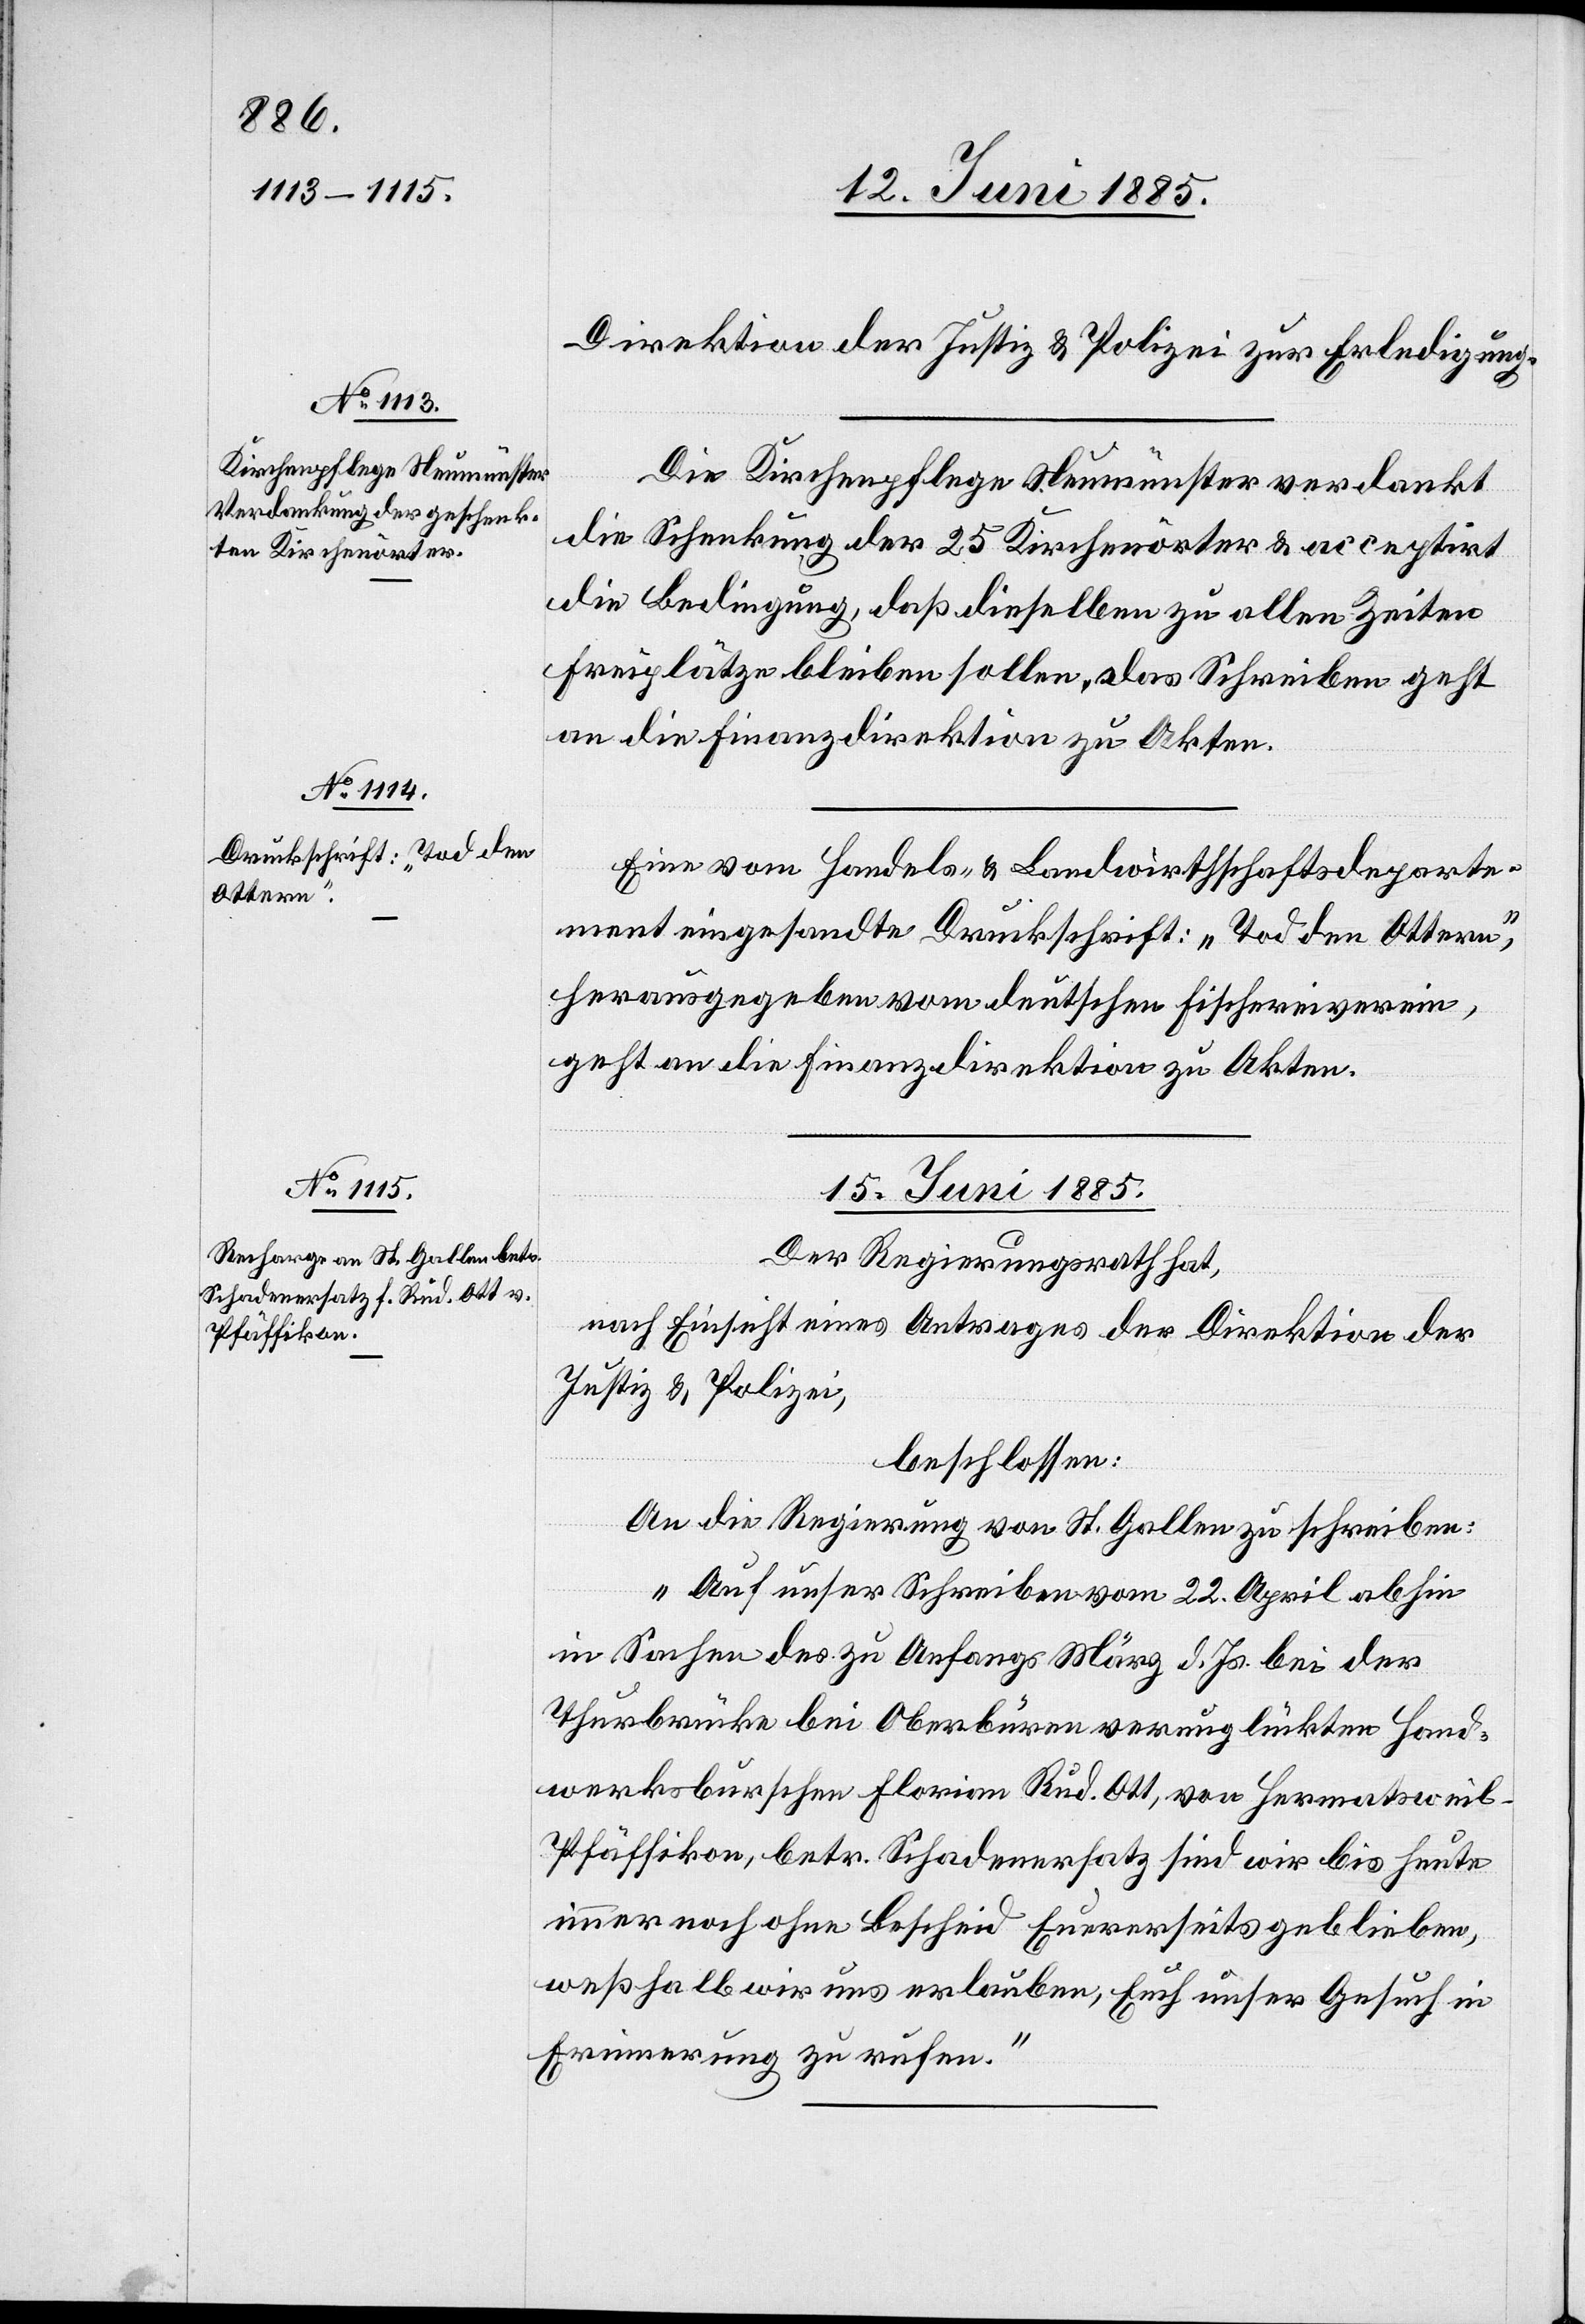
12. Juni 1885.]
Direktion der Justiz & Polizei zur Erledigung.
Die Kirchenpflege Neumünster verdankt
die Schenkung der 25 Kirchenörter & acceptirt
die Bedingung, daß dieselben zu allen Zeiten
Freiplätze bleiben sollen. Das Schreiben geht
an die Finanzdirektion zu Akten.
Eine vom Handels- & Landwirthschaftsdeparte¬
ment eingesandte Druckschrift: „Tod den Ottern“,
herausgegeben vom deutschen Fischereiverein,
geht an die Finanzdirektion zu Akten.
15. Juni 1885.
Der Regierungsrath hat,
nach Einsicht eines Antrages der Direktion der
Justiz & Polizei,
beschlossen:
An die Regierung von St. Gallen zu schreiben:
„Auf unser Schreiben vom 22. April abhin
in Sachen des zu Anfangs März d. Js. bei der
Thurbrücke bei Oberbüren verunglückten Hand¬
werksburschen Florian Rud. Ott, von Hermatsweil
Pfäffikon, betr. Schadenersatz sind wir bis heute
immer noch ohne Bescheid Euererseits geblieben,
weßhalb wir uns erlauben, Euch unser Gesuch in
Erinnerung zu rufen.“